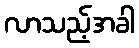
လာသည့်အခါ